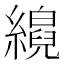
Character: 𦆘